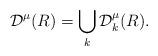
LaTeX: \begin{align*}\mathcal{D}^\mu(R)=\bigcup_k \mathcal{D}_k^\mu(R).\end{align*}